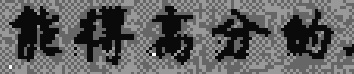
能得高分的.